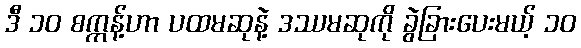
ဒီ ၁၀ စက္ကန့်ဟာ ပထမဆုနဲ့ ဒဿမဆုကို ခွဲခြားပေးမယ့် ၁၀